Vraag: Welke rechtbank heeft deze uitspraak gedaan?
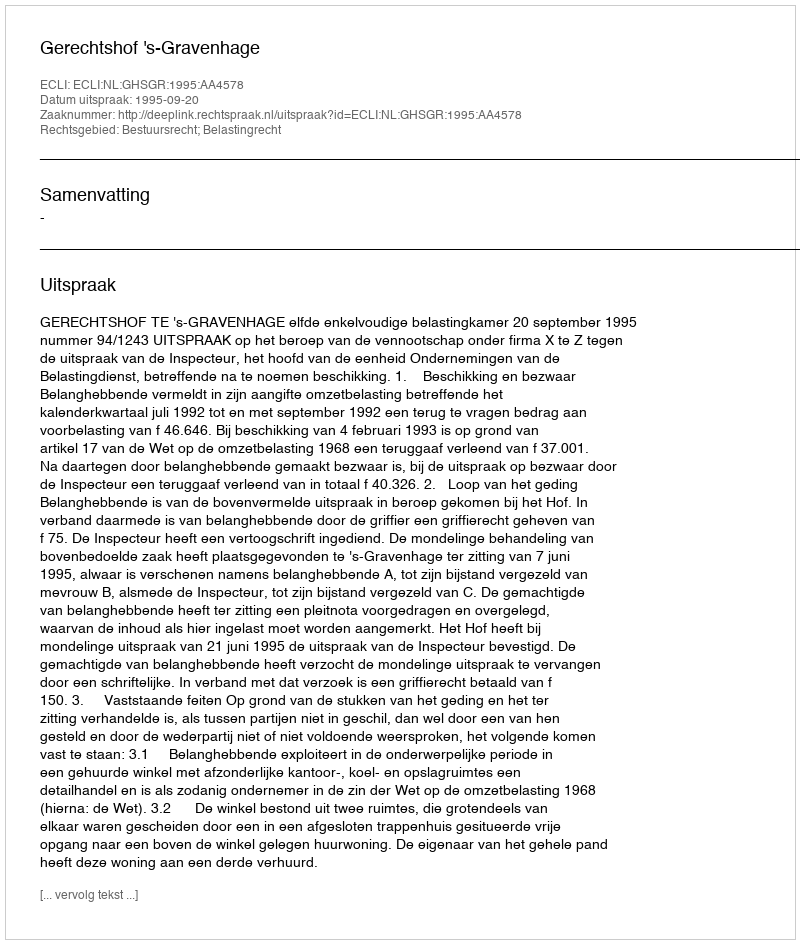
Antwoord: Gerechtshof 's-Gravenhage